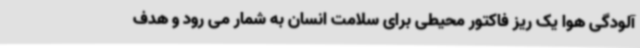
آلودگی هوا یک ریز فاکتور محیطی برای سلامت انسان به شمار می رود و هدف